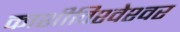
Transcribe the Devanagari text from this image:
काशीविश्‍वेश्‍वर